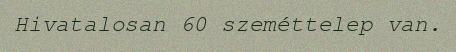
Hivatalosan 60 szeméttelep van.